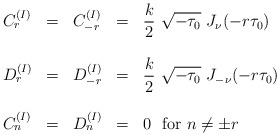
LaTeX: \begin{align*}\begin{array}{lclcl}C_r^{(I)} & = & C_{- r}^{(I)} & = &{\displaystyle \frac{k}{2}~\sqrt{-\tau_0}{}~J_{\nu}(-r\tau_0 ) } \\& & & & \\D_r^{(I)} & = & D_{- r}^{(I)} & = &{\displaystyle \frac{k}{2}~\sqrt{-\tau_0}{}~J_{-\nu}(-r\tau_0 ) } \\& & & & \\C_n^{(I)} & = & D_n^{(I)} & = & 0~~ {\rm for} ~ n\neq \pm r\end{array}\end{align*}